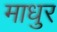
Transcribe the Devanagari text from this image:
माधुर